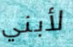
لأبني